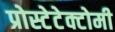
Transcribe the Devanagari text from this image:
प्रोस्टेटेक्टोमी